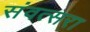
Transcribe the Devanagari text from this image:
संवत्सरा